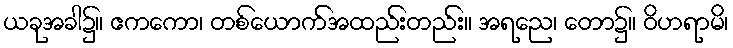
ယခုအခါ၌။ ဧကကော၊ တစ်ယောက်အထည်းတည်း။ အရညေ၊ တော၌။ ဝိဟရာမိ၊